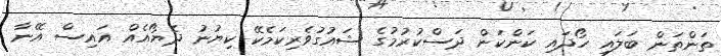
ތަންތަން ބަލައި ހޯދައި ކަންކަން ދަސްކުރުމުގެ ޝައުގުވެރިކަމެކޭ ކިޔުނު ދެޔޯއެއް އައިސް އޭނާ